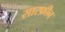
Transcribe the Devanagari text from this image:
सारफ़ीन